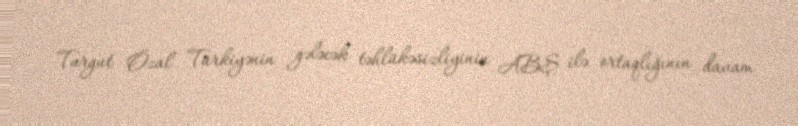
Turgut Özal Türkiyənin gələcək təhlükəsizliyinin ABŞ ilə ortaqlığının davam